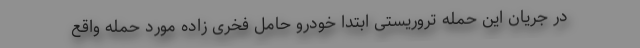
در جریان این حمله تروریستی ابتدا خودرو حامل فخری زاده مورد حمله واقع